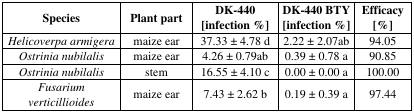
| Species | Plant part | DK-440 [infection %] | DK-440 BTY [infection %] | Efficacy [%] |
 | --- | --- | --- | --- | --- |
 | Helicoverpa armigera | maize ear | 37.33 ± 4.78 d | 2.22 ± 2.07ab | 94.05 |
 | Ostrinia nubilalis | maize ear | 4.26 ± 0.79ab | 0.39 ± 0.78 a | 90.85 |
 | Ostrinia nubilalis | stem | 16.55 ± 4.10 c | 0.00 ± 0.00 a | 100.00 |
 | Fusarium verticillioides | maize ear | 7.43 ± 2.62 b | 0.19 ± 0.39 a | 97.44 |